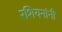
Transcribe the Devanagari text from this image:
रशियनांनी